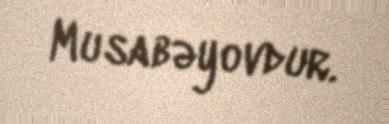
Musabəyovdur.